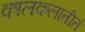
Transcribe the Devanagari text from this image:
कालकलातीतं